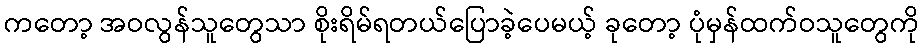
ကတော့ အဝလွန်သူတွေသာ စိုးရိမ်ရတယ်ပြောခဲ့ပေမယ့် ခုတော့ ပုံမှန်ထက်ဝသူတွေကို